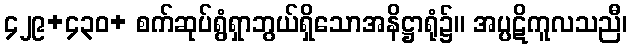
၄၂၉+၄၃၀+ စက်ဆုပ်ရွံရှာဘွယ်ရှိသောအနိဋ္ဌာရုံ၌။ အပ္ပဋိကူလသညီ၊